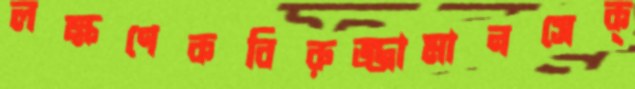
লক্ষণেকবিরুজ্জামানসেক্